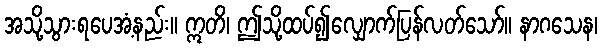
အသို့သွားရပေအံ့နည်း။ ဣတိ၊ ဤသို့ထပ်၍လျှောက်ပြန်လတ်သော်။ နာဂသေန၊